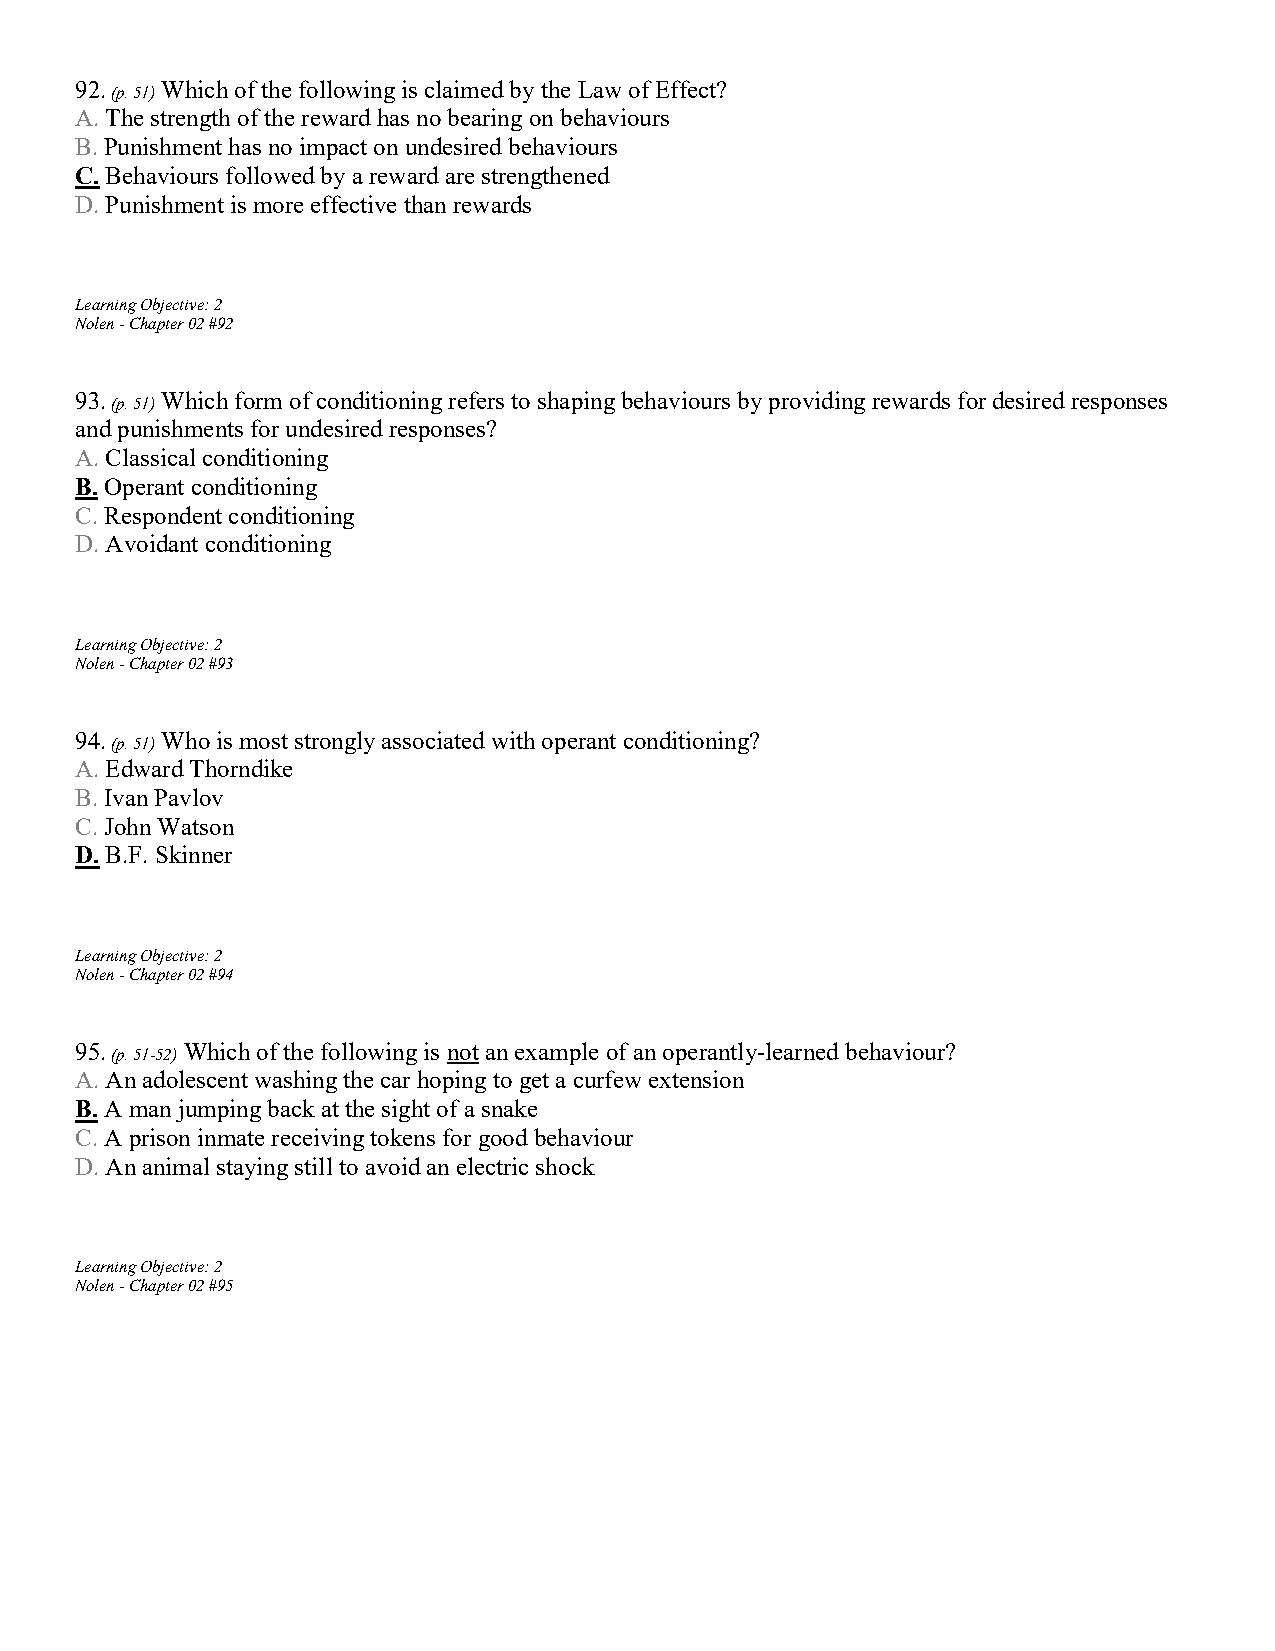
92.   Which of the following is claimed by the Law of Effect?
 (p. 51)
 A. The strength of the reward has no bearing on behaviours
 B. Punishment has no impact on undesired behaviours
 C. Behaviours followed by a reward are strengthened
 D. Punishment is more effective than rewards
 Learning Objective: 2
 Nolen - Chapter 02 #92
 93.   Which form of conditioning refers to shaping behaviours by providing rewards for desired responses
 (p. 51)
 and punishments for undesired responses?
 A. Classical conditioning
 B. Operant conditioning
 C. Respondent conditioning
 D. Avoidant conditioning
 Learning Objective: 2
 Nolen - Chapter 02 #93
 94.   Who is most strongly associated with operant conditioning?
 (p. 51)
 A. Edward Thorndike
 B. Ivan Pavlov
 C. John Watson
 D. B.F. Skinner
 Learning Objective: 2
 Nolen - Chapter 02 #94
 95.    Which of the following is not an example of an operantly-learned behaviour?
 (p. 51-52)
 A. An adolescent washing the car hoping to get a curfew extension
 B. A man jumping back at the sight of a snake
 C. A prison inmate receiving tokens for good behaviour
 D. An animal staying still to avoid an electric shock
 Learning Objective: 2
 Nolen - Chapter 02 #95